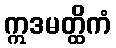
ဣဒမတ္ထိကံ